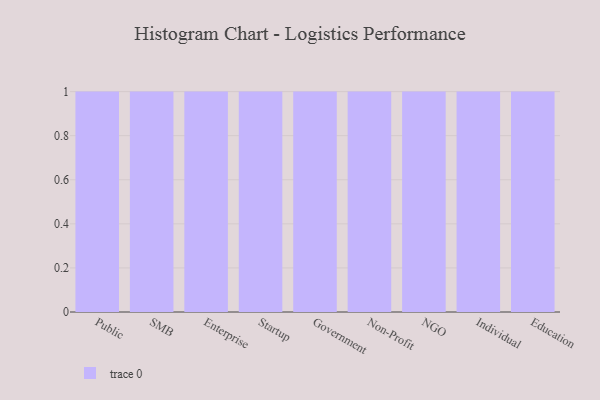
{"axis": {"x": "Segment", "y": "Bounce Rate (%)"}, "legend": [""], "data": [{"x": "Public", "y": 51, "type": ""}, {"x": "SMB", "y": 83, "type": ""}, {"x": "Enterprise", "y": 87, "type": ""}, {"x": "Startup", "y": 8, "type": ""}, {"x": "Government", "y": 34, "type": ""}, {"x": "Non-Profit", "y": 37, "type": ""}, {"x": "NGO", "y": 97, "type": ""}, {"x": "Individual", "y": 24, "type": ""}, {"x": "Education", "y": 39, "type": ""}]}